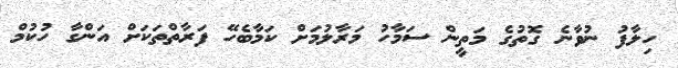
ހިލާފު ނުވާނެ ގޮތުގެ މަތީން ސަމާހު މަރާލުމަށް ކަމާބެހޭ ފަރާތްތަކަށް އަންގާ ހުކުމް